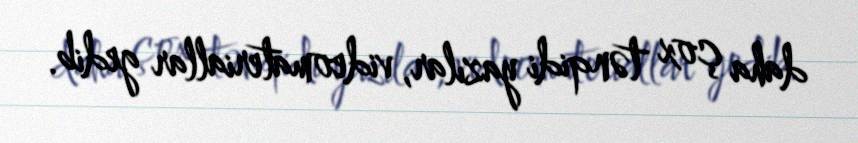
daha çox tənqidi yazılar, videomateriallar gedib.